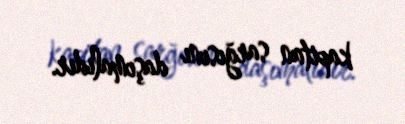
kapitan sarğısını daşımalıdır.